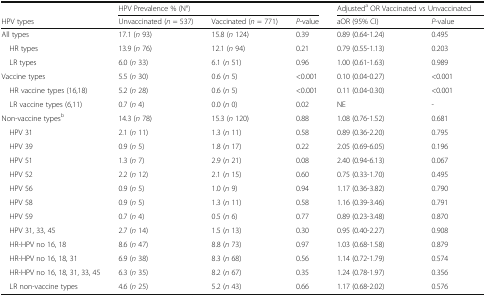
<table><thead><tr><td></td><td colspan="3"><b>HPV Prevalence % (N°)</b></td><td colspan="2"><b>Adjusted<sup>a</sup> OR Vaccinated vs Unvaccinated</b></td></tr><tr><td><b>HPV types</b></td><td><b>Unvaccinated (<i>n</i> = 537)</b></td><td><b>Vaccinated (<i>n</i> = 771)</b></td><td><b><i>P</i>-value</b></td><td><b>aOR (95% CI)</b></td><td><b><i>P</i>-value</b></td></tr></thead><tbody><tr><td>All types</td><td>17.1 (<i>n</i> 93)</td><td>15.8 (<i>n</i> 124)</td><td>0.39</td><td>0.89 (0.64-1.24)</td><td>0.495</td></tr><tr><td> HR types</td><td>13.9 (<i>n</i> 76)</td><td>12.1 (<i>n</i> 94)</td><td>0.21</td><td>0.79 (0.55-1.13)</td><td>0.203</td></tr><tr><td> LR types</td><td>6.0 (<i>n</i> 33)</td><td>6.1 (<i>n</i> 51)</td><td>0.96</td><td>1.00 (0.61-1.63)</td><td>0.989</td></tr><tr><td>Vaccine types</td><td>5.5 (<i>n</i> 30)</td><td>0.6 (<i>n</i> 5)</td><td>&lt;0.001</td><td>0.10 (0.04-0.27)</td><td>&lt;0.001</td></tr><tr><td> HR vaccine types (16,18)</td><td>5.2 (<i>n</i> 28)</td><td>0.6 (<i>n</i> 5)</td><td>&lt;0.001</td><td>0.11 (0.04-0.30)</td><td>&lt;0.001</td></tr><tr><td> LR vaccine types (6,11)</td><td>0.7 (<i>n</i> 4)</td><td>0.0 (<i>n</i> 0)</td><td>0.02</td><td>NE</td><td>-</td></tr><tr><td>Non-vaccine types<sup>b</sup></td><td>14.3 (<i>n</i> 78)</td><td>15.3 (<i>n</i> 120)</td><td>0.88</td><td>1.08 (0.76-1.52)</td><td>0.681</td></tr><tr><td> HPV 31</td><td>2.1 (<i>n</i> 11)</td><td>1.3 (<i>n</i> 11)</td><td>0.58</td><td>0.89 (0.36-2.20)</td><td>0.795</td></tr><tr><td> HPV 39</td><td>0.9 (<i>n</i> 5)</td><td>1.8 (<i>n</i> 17)</td><td>0.22</td><td>2.05 (0.69-6.05)</td><td>0.196</td></tr><tr><td> HPV 51</td><td>1.3 (<i>n</i> 7)</td><td>2.9 (<i>n</i> 21)</td><td>0.08</td><td>2.40 (0.94-6.13)</td><td>0.067</td></tr><tr><td> HPV 52</td><td>2.2 (<i>n</i> 12)</td><td>2.1 (<i>n</i> 15)</td><td>0.60</td><td>0.75 (0.33-1.70)</td><td>0.495</td></tr><tr><td> HPV 56</td><td>0.9 (<i>n</i> 5)</td><td>1.0 (<i>n</i> 9)</td><td>0.94</td><td>1.17 (0.36-3.82)</td><td>0.790</td></tr><tr><td> HPV 58</td><td>0.9 (<i>n</i> 5)</td><td>1.3 (<i>n</i> 11)</td><td>0.58</td><td>1.16 (0.39-3.46)</td><td>0.791</td></tr><tr><td> HPV 59</td><td>0.7 (<i>n</i> 4)</td><td>0.5 (<i>n</i> 6)</td><td>0.77</td><td>0.89 (0.23-3.48)</td><td>0.870</td></tr><tr><td> HPV 31, 33, 45</td><td>2.7 (<i>n</i> 14)</td><td>1.5 (<i>n</i> 13)</td><td>0.30</td><td>0.95 (0.40-2.27)</td><td>0.908</td></tr><tr><td> HR-HPV no 16, 18</td><td>8.6 (<i>n</i> 47)</td><td>8.8 (<i>n</i> 73)</td><td>0.97</td><td>1.03 (0.68-1.58)</td><td>0.879</td></tr><tr><td> HR-HPV no 16, 18, 31</td><td>6.9 (<i>n</i> 38)</td><td>8.3 (<i>n</i> 68)</td><td>0.56</td><td>1.14 (0.72-1.79)</td><td>0.574</td></tr><tr><td> HR-HPV no 16, 18, 31, 33, 45</td><td>6.3 (<i>n</i> 35)</td><td>8.2 (<i>n</i> 67)</td><td>0.35</td><td>1.24 (0.78-1.97)</td><td>0.356</td></tr><tr><td> LR non-vaccine types</td><td>4.6 (<i>n</i> 25)</td><td>5.2 (<i>n</i> 43)</td><td>0.66</td><td>1.17 (0.68-2.02)</td><td>0.576</td></tr></tbody></table>